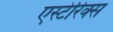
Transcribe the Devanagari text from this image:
एस्टेरिक्स